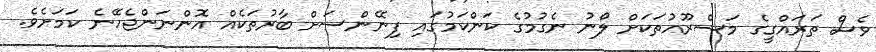
ވެސް ތަރައްގީގެ މަޝްރޫއުތަކަށް ލޯނު ނެގުމުގެ ކަންކަމުގައި ފިނޭންސަށް ބާރުތަކެއް އޮންނަންޖެހޭނެ ކަމަށެވެ.